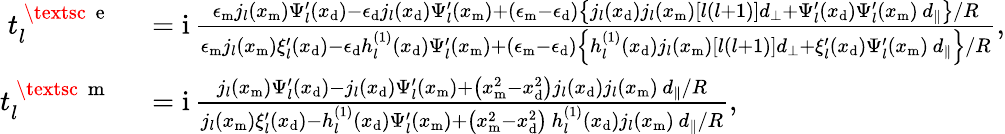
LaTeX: \begin{array}{rl}{t_{l}^{\mathrm{~\textsc~{~e~}~}}}&{{}=\mathrm{i}\, \frac{\epsilon_{\mathrm{m}}j_{l}(x_{\mathrm{m}})\Psi_{l}^{\prime}(x_{\mathrm{d}})-\epsilon_{\mathrm{d}}j_{l}(x_{\mathrm{d}})\Psi_{l}^{\prime}(x_{\mathrm{m}})+(\epsilon_{\mathrm{m}}-\epsilon_{\mathrm{d}})\left\{ j_{l}(x_{\mathrm{d}})j_{l}(x_{\mathrm{m}})\left[l(l+1)\right]d_{\perp}+\Psi_{l}^{\prime}(x_{\mathrm{d}})\Psi_{l}^{\prime}(x_{\mathrm{m}})\, d_{\parallel}\right\} /R}{\epsilon_{\mathrm{m}}j_{l}(x_{\mathrm{m}})\xi_{l}^{\prime}(x_{\mathrm{d}})-\epsilon_{\mathrm{d}}h_{l}^{(1)}(x_{\mathrm{d}})\Psi_{l}^{\prime}(x_{\mathrm{m}})+(\epsilon_{\mathrm{m}}-\epsilon_{\mathrm{d}})\left\{ h_{l}^{(1)}(x_{\mathrm{d}})j_{l}(x_{\mathrm{m}})\left[l(l+1)\right]d_{\perp}+\xi_{l}^{\prime}(x_{\mathrm{d}})\Psi_{l}^{\prime}(x_{\mathrm{m}})\, d_{\parallel}\right\} /R},}\\ {t_{l}^{\mathrm{~\textsc~{~m~}~}}}&{{}=\mathrm{i}\, \frac{j_{l}(x_{\mathrm{m}})\Psi_{l}^{\prime}(x_{\mathrm{d}})-j_{l}(x_{\mathrm{d}})\Psi_{l}^{\prime}(x_{\mathrm{m}})+\big(x_{\mathrm{m}}^{2}-x_{\mathrm{d}}^{2}\big)j_{l}(x_{\mathrm{d}})j_{l}(x_{\mathrm{m}})\, d_{\parallel}/R}{j_{l}(x_{\mathrm{m}})\xi_{l}^{\prime}(x_{\mathrm{d}})-h_{l}^{(1)}(x_{\mathrm{d}})\Psi_{l}^{\prime}(x_{\mathrm{m}})+\big(x_{\mathrm{m}}^{2}-x_{\mathrm{d}}^{2}\big)\, h_{l}^{(1)}(x_{\mathrm{d}})j_{l}(x_{\mathrm{m}})\, d_{\parallel}/R},}\end{array}